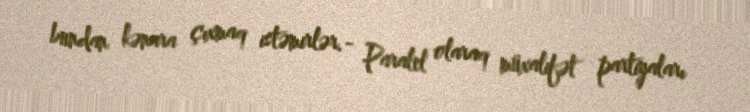
bundan kənara çıxmaq istəmirlər.- Paralel olaraq müxalifət partiyaları